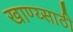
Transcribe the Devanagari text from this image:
खाण्य्साठी